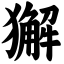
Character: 獬